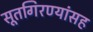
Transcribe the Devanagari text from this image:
सूतगिरण्यांसह